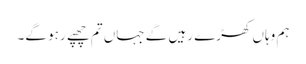
ہم وہاں کھڑے رہیں گے جہاں تم چھپے رہو گے۔